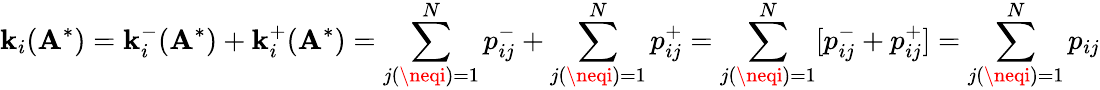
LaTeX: \mathbf{k}_{i}(\mathbf{{A}}^{*})=\mathbf{k}_{i}^{-}(\mathbf{{A}}^{*})+\mathbf{k}_{i}^{+}(\mathbf{{A}}^{*})=\sum_{j(\neqi)=1}^{N}p_{ij}^{-}+\sum_{j(\neqi)=1}^{N}p_{ij}^{+}=\sum_{j(\neqi)=1}^{N}[p_{ij}^{-}+p_{ij}^{+}]=\sum_{j(\neqi)=1}^{N}p_{ij}